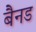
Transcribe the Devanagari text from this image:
बैनड